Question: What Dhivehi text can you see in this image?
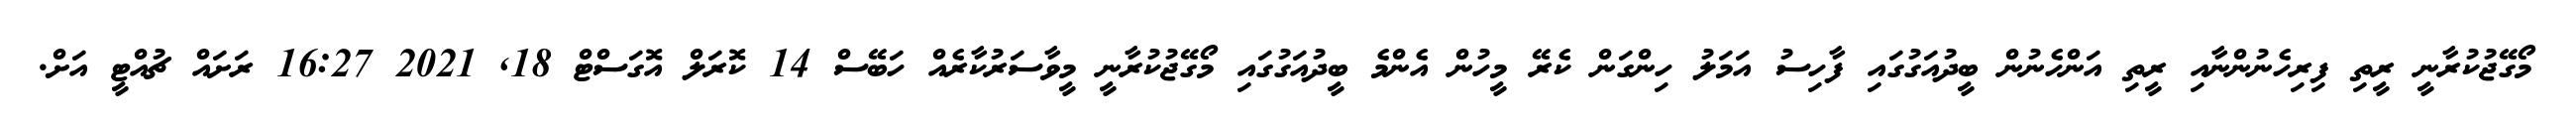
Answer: މޯގޭޖުކުރާނީ ރީތި ފިރިހެނުންނާއި ރީތި އަންހެނުން ބީދުއަގުގައި ފާހިސު އަމަލު ހިންގަން ކެރޭ މީހުން އެންމެ ބީދުއަގުގައި މޯގޭޖުކުރާނީ މީވާސަރުކާރެއް ހަބޭސް 14 ކޮރަލް އޮގަސްޓް 18, 2021 16:27 ރަށައް ޗުއްޓީ އަށް.